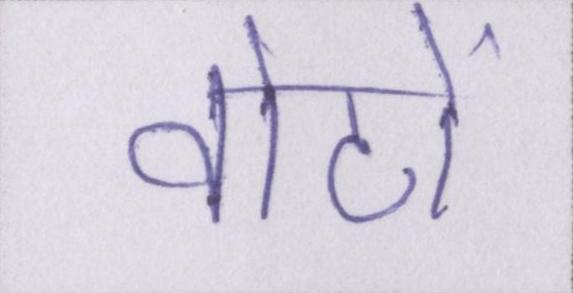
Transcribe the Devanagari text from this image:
वोटों